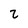
Character: 2